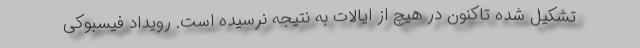
تشکیل شده تاکنون در هیچ از ایالات به نتیجه نرسیده است. رویداد فیسبوکی